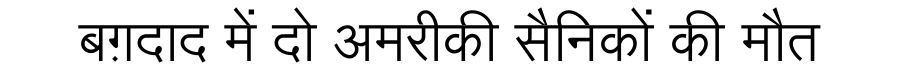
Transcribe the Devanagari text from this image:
बग़दाद में दो अमरीकी सैनिकों की मौत